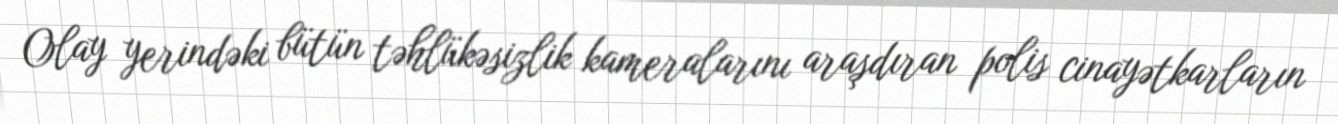
Olay yerindəki bütün təhlükəsizlik kameralarını araşdıran polis cinayətkarların